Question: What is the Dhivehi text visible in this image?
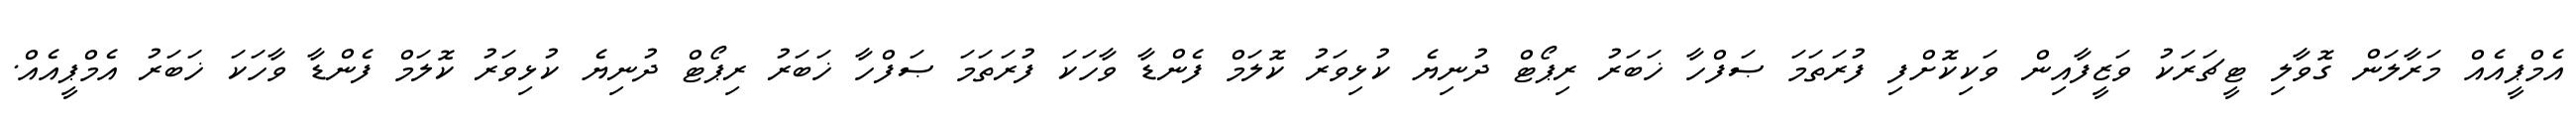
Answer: އެމްޕީއެއް މަރާލަން ގޮވާލި ޓީޗަރަކު ވަޒީފާއިން ވަކިކޮށްފި ފުރަތަމަ ޞަފްހާ ޚަބަރު ރިޕޯޓް ދުނިޔެ ކުޅިވަރު ކޮލަމް ފެންޑާ ވާހަކަ ފުރަތަމަ ޞަފްހާ ޚަބަރު ރިޕޯޓް ދުނިޔެ ކުޅިވަރު ކޮލަމް ފެންޑާ ވާހަކަ ޚަބަރު އެމްޕީއެއް.